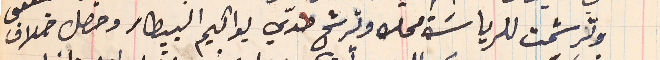
وترشحت للرياسَة محله وترشح ضدي يواكيم البيطار وحصل خلاف